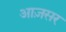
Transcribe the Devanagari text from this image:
आज़सर